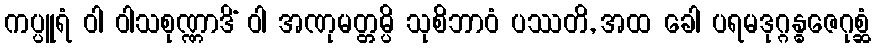
ကပ္ပူရံ ဝါ ဝါသစုဏ္ဏာဒိံ ဝါ အဏုမတ္တမ္ပိ သုစိဘာဝံ ပဿတိ, အထ ခေါ ပရမဒုဂ္ဂန္ဓဇေဂုစ္ဆံ